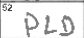
Transcription: PLD